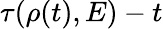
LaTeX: \tau(\rho(t),E)-t